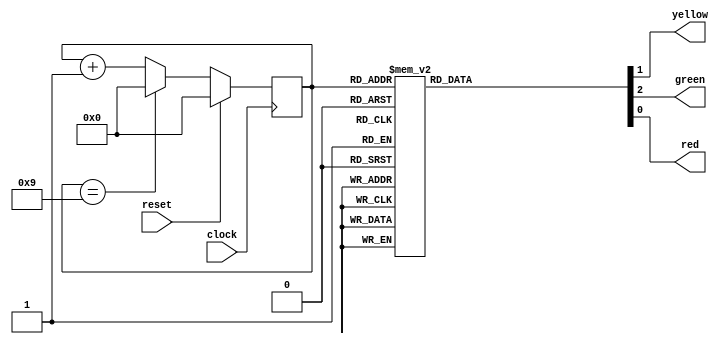
`timescale 1ns / 1ps
//////////////////////////////////////////////////////////////////////////////////
// Company: 
// Engineer: 
// 
// Design Name: 
// Module Name: semafor
// Project Name: 
// Target Devices: 
// Tool Versions: 
// Description: 
// 
// Dependencies: 
// 
// Revision:
// Revision 0.01 - File Created
// Additional Comments:
// 
//////////////////////////////////////////////////////////////////////////////////


module semafor_automat(
     input reset, clock,
     output yellow, green, red
    );
 localparam g1=4'b0000, g2=4'b0001, g3=4'b0010, g4=4'b0011, y=4'b0100, r1=4'b0101, r2=4'b0111, r3=4'b0111, r4=4'b1000, r5=4'b1001;
 reg [3:0] state;
    //CLCq+numarator
  always @(posedge clock)
    if(reset)
        state<=g1;
    else if(state==r5)
        state<=g1;
    else 
        state<=state+1;
        
        
        
        
        
    //CLCy
    reg [2:0] out;
    assign {green, yellow, red}=out;
    
    always @(*)
    case(state)
      g1,g2,g3,g4: out=3'b100;
      y: out=3'b010;
      r1,r2,r3,r4,r5: out=3'b001;
      default: out=3'b000;
      endcase
endmodule